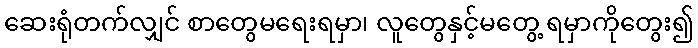
ဆေးရုံတက်လျှင် စာတွေမရေးရမှာ၊ လူတွေနှင့်မတွေ့ ရမှာကိုတွေး၍